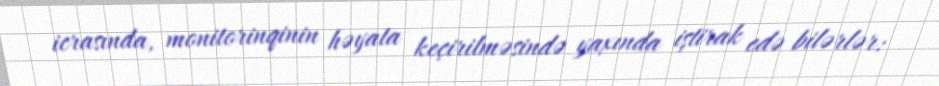
icrasında, monitorinqinin həyata keçirilməsində yaxında iştirak edə bilərlər: